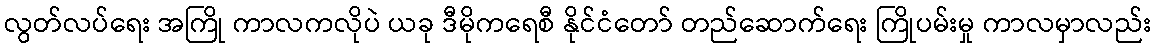
လွတ်လပ်ရေး အကြို ကာလကလိုပဲ ယခု ဒီမိုကရေစီ နိုင်ငံတော် တည်ဆောက်ရေး ကြိုပမ်းမှု ကာလမှာလည်း